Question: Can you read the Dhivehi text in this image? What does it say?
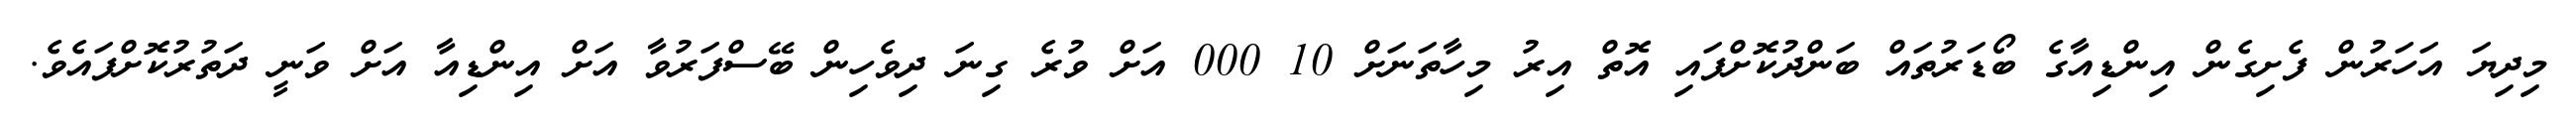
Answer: މިދިޔަ އަހަރުން ފެށިގެން އިންޑިއާގެ ބޯޑަރުތައް ބަންދުކޮށްފައި އޮތް އިރު މިހާތަނަށް 10 000 އަށް ވުރެ ގިނަ ދިވެހިން ބޭސްފަރުވާ އަށް އިންޑިއާ އަށް ވަނީ ދަތުރުކޮށްފައެވެ.